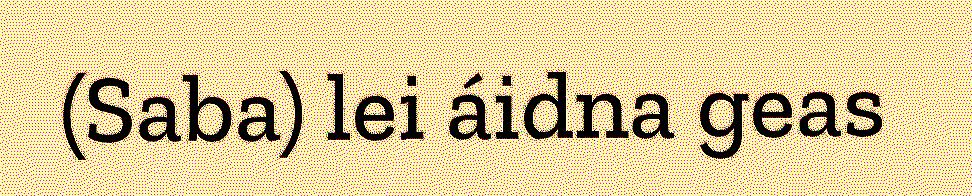
(Saba) lei áidna geas